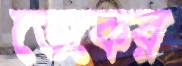
ডেকের